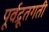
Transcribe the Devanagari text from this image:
पूर्वद्रूतगती